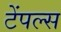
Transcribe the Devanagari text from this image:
टेंपल्स